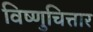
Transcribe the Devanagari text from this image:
विष्णुचित्तार